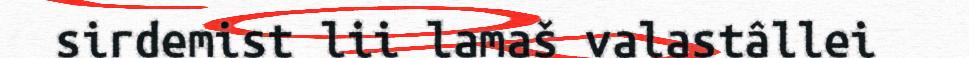
sirdemist lii lamaš valastâllei